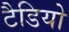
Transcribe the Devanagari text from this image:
टैडियो